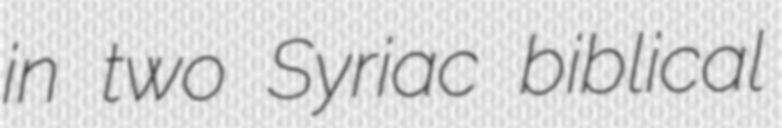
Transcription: in two Syriac biblical